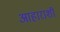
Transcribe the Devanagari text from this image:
आहाराशी